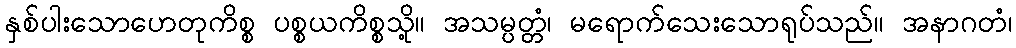
နှစ်ပါးသောဟေတုကိစ္စ ပစ္စယကိစ္စသို့။ အသမ္ပတ္တံ၊ မရောက်သေးသောရုပ်သည်။ အနာဂတံ၊